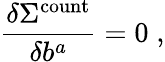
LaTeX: \frac{\delta\Sigma^{\mathrm{count}}}{\delta b^{a}}=0\; ,